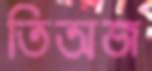
তিঅজ